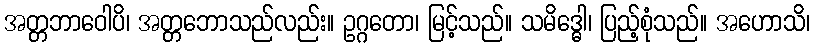
အတ္တဘာဝေါပိ၊ အတ္တဘောသည်လည်း။ ဥဂ္ဂတော၊ မြင့်သည်။ သမိဒ္ဓေါ၊ ပြည့်စုံသည်။ အဟောသိ၊